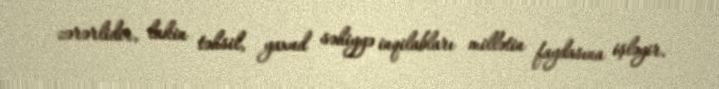
zərərlidir, lakin təhsil, yaxud səhiyyə inqilabları millətin faydasına işləyir.